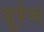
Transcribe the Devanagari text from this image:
वूरेन